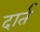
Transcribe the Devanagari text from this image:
दार्त